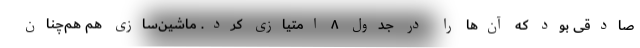
صادقی بود که آن‌ها را در جدول ۸ امتیازی کرد. ماشین‌سازی هم هم‌چنان